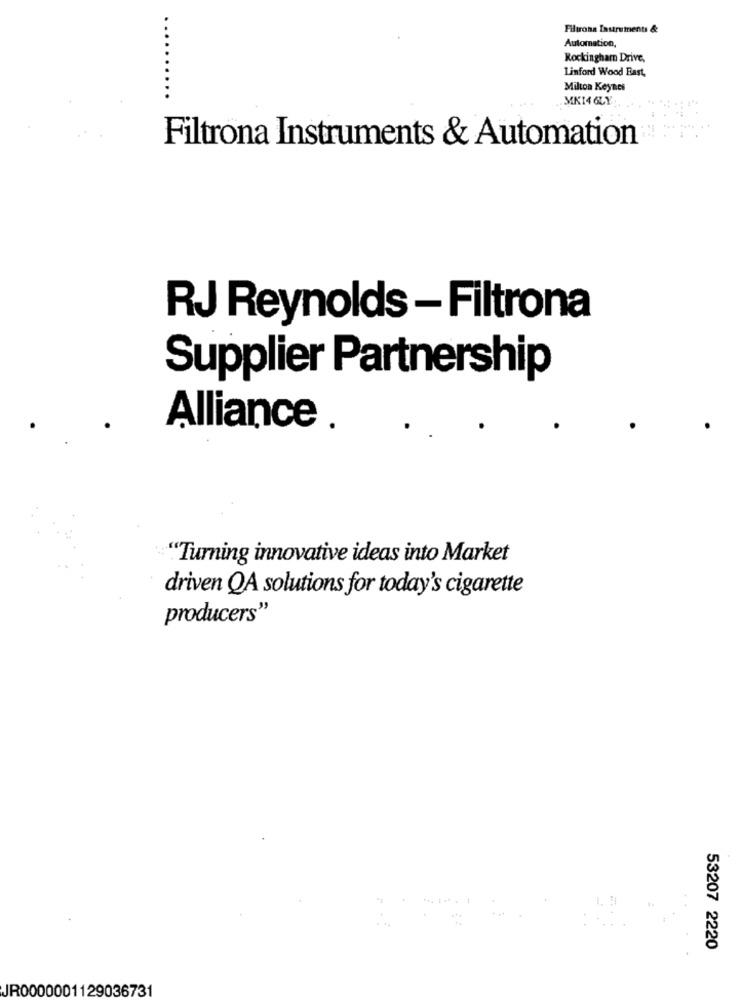
Filtrona Instruments &
Automation,
Rockingham Drive,
Linford Wood East,
Milton Keynes
MK14 6LY
Filtrona Instruments & Automation
RJ Reynolds - Filtrona
Supplier Partnership
Alliance .
"Turning innovative ideas into Market
driven QA solutions for today's cigarette
producers"
53207 2220
JR0000001129036731